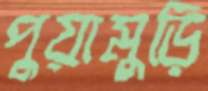
পুয়ামুড়ি